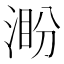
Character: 𣸜